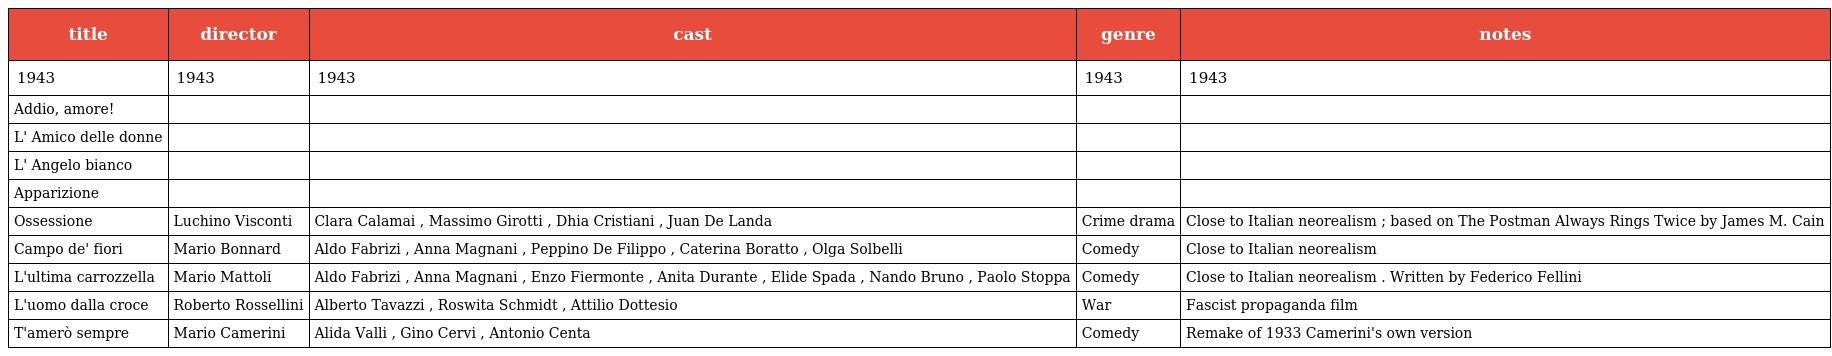
| title | director | cast | genre | notes |
 | --- | --- | --- | --- | --- |
 | 1943 | 1943 | 1943 | 1943 | 1943 |
 | Addio, amore! |  |  |  |  |
 | L' Amico delle donne |  |  |  |  |
 | L' Angelo bianco |  |  |  |  |
 | Apparizione |  |  |  |  |
 | Ossessione | Luchino Visconti | Clara Calamai , Massimo Girotti , Dhia Cristiani , Juan De Landa | Crime drama | Close to Italian neorealism ; based on The Postman Always Rings Twice by James M. Cain |
 | Campo de' fiori | Mario Bonnard | Aldo Fabrizi , Anna Magnani , Peppino De Filippo , Caterina Boratto , Olga Solbelli | Comedy | Close to Italian neorealism |
 | L'ultima carrozzella | Mario Mattoli | Aldo Fabrizi , Anna Magnani , Enzo Fiermonte , Anita Durante , Elide Spada , Nando Bruno , Paolo Stoppa | Comedy | Close to Italian neorealism . Written by Federico Fellini |
 | L'uomo dalla croce | Roberto Rossellini | Alberto Tavazzi , Roswita Schmidt , Attilio Dottesio | War | Fascist propaganda film |
 | T'amerò sempre | Mario Camerini | Alida Valli , Gino Cervi , Antonio Centa | Comedy | Remake of 1933 Camerini's own version |